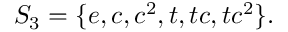
S _ { 3 } = \{ e , c , c ^ { 2 } , t , t c , t c ^ { 2 } \} .